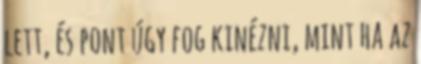
lett, és pont úgy fog kinézni, mint ha az